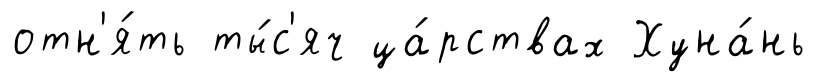
отн'я́ть ты́с'яч ца́рствах Хуна́нь